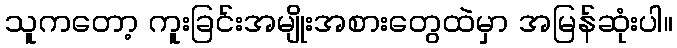
သူကတော့ ကူးခြင်းအမျိုးအစားတွေထဲမှာ အမြန်ဆုံးပါ။